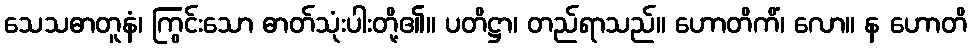
သေသဓာတူနံ၊ ကြွင်းသော ဓာတ်သုံးပါးတို့၏။ ပတိဋ္ဌာ၊ တည်ရာသည်။ ဟောတိကိံ၊ လော။ န ဟောတိ